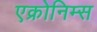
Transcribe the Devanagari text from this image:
एक्रोनिम्स